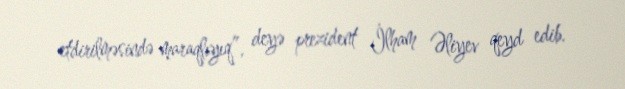
etdirilməsində maraqlıyıq”, deyə prezident İlham Əliyev qeyd edib.